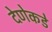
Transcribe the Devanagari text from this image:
देणेकडे